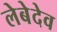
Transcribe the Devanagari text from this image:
लेबेदेव